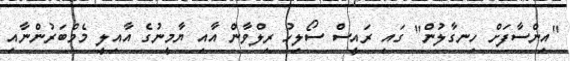
"އިންސާފަށް ހިނގާލުން" ގައި ރައީސް ސޯލިހު ރިލްވާން އާއި ޔާމީނުގެ އާއިލީ މެމްބަރުންނާއި